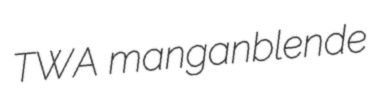
TWA manganblende